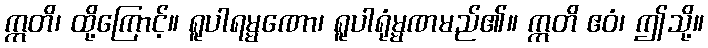
ဣတိ၊ ထို့ကြောင့်။ ရူပါရမ္မဏော၊ ရူပါရုံမ္မဏမည်၏။ ဣတိ ဧဝံ၊ ဤသို့။